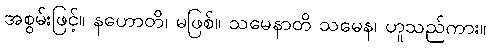
အစွမ်းဖြင့်။ နဟောတိ၊ မဖြစ်။ သမေနာတိ သမေန၊ ဟူသည်ကား။